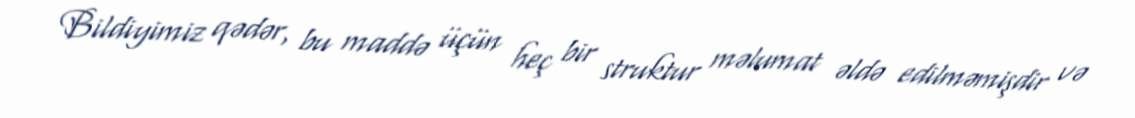
Bildiyimiz qədər, bu maddə üçün heç bir struktur məlumat əldə edilməmişdir və